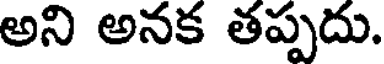
అని అనక తప్పదు.